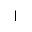
|